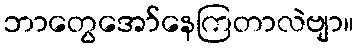
ဘာတွေအော်နေကြတာလဲဗျာ။